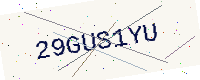
Text: 29GUS1YU